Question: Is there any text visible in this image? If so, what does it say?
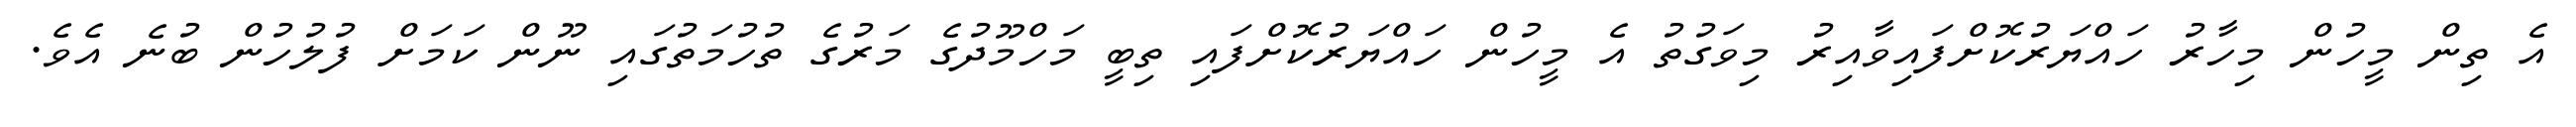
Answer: އެ ތިން މީހުން މިހާރު ހައްޔަރުކޮށްފައިވާއިރު މިވަގުތު އެ މީހުން ހައްޔަރުކޮށްފައި ތިބީ މަހްމޫދުގެ މަރުގެ ތުހުމަތުގައި ނޫން ކަމަށް ފުލުހުން ބުނެ އެވެ.